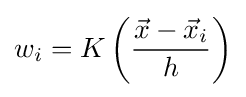
w_{i}=K\left({\frac {{\vec {x}}-{\vec {x}}_{i}}{h}}\right)